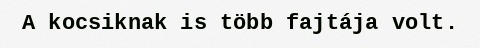
A kocsiknak is több fajtája volt.